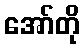
အော်တို